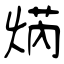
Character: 焫